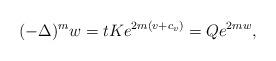
LaTeX: \begin{align*} (-\Delta)^mw =tKe^{2m(v+c_v)}= Qe^{2mw}, \end{align*}